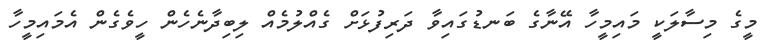
މީގެ މިސާލަކީ މައިމީހާ އޭނާގެ ބަނޑުގައިވާ ދަރިފުޅަށް ގެއްލުމެއް ލިބިދާނެހެން ހީވެގެން އެމައިމީހާ